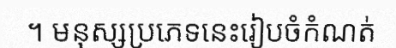
។ មនុស្សប្រភេទនេះរៀបចំកំណត់